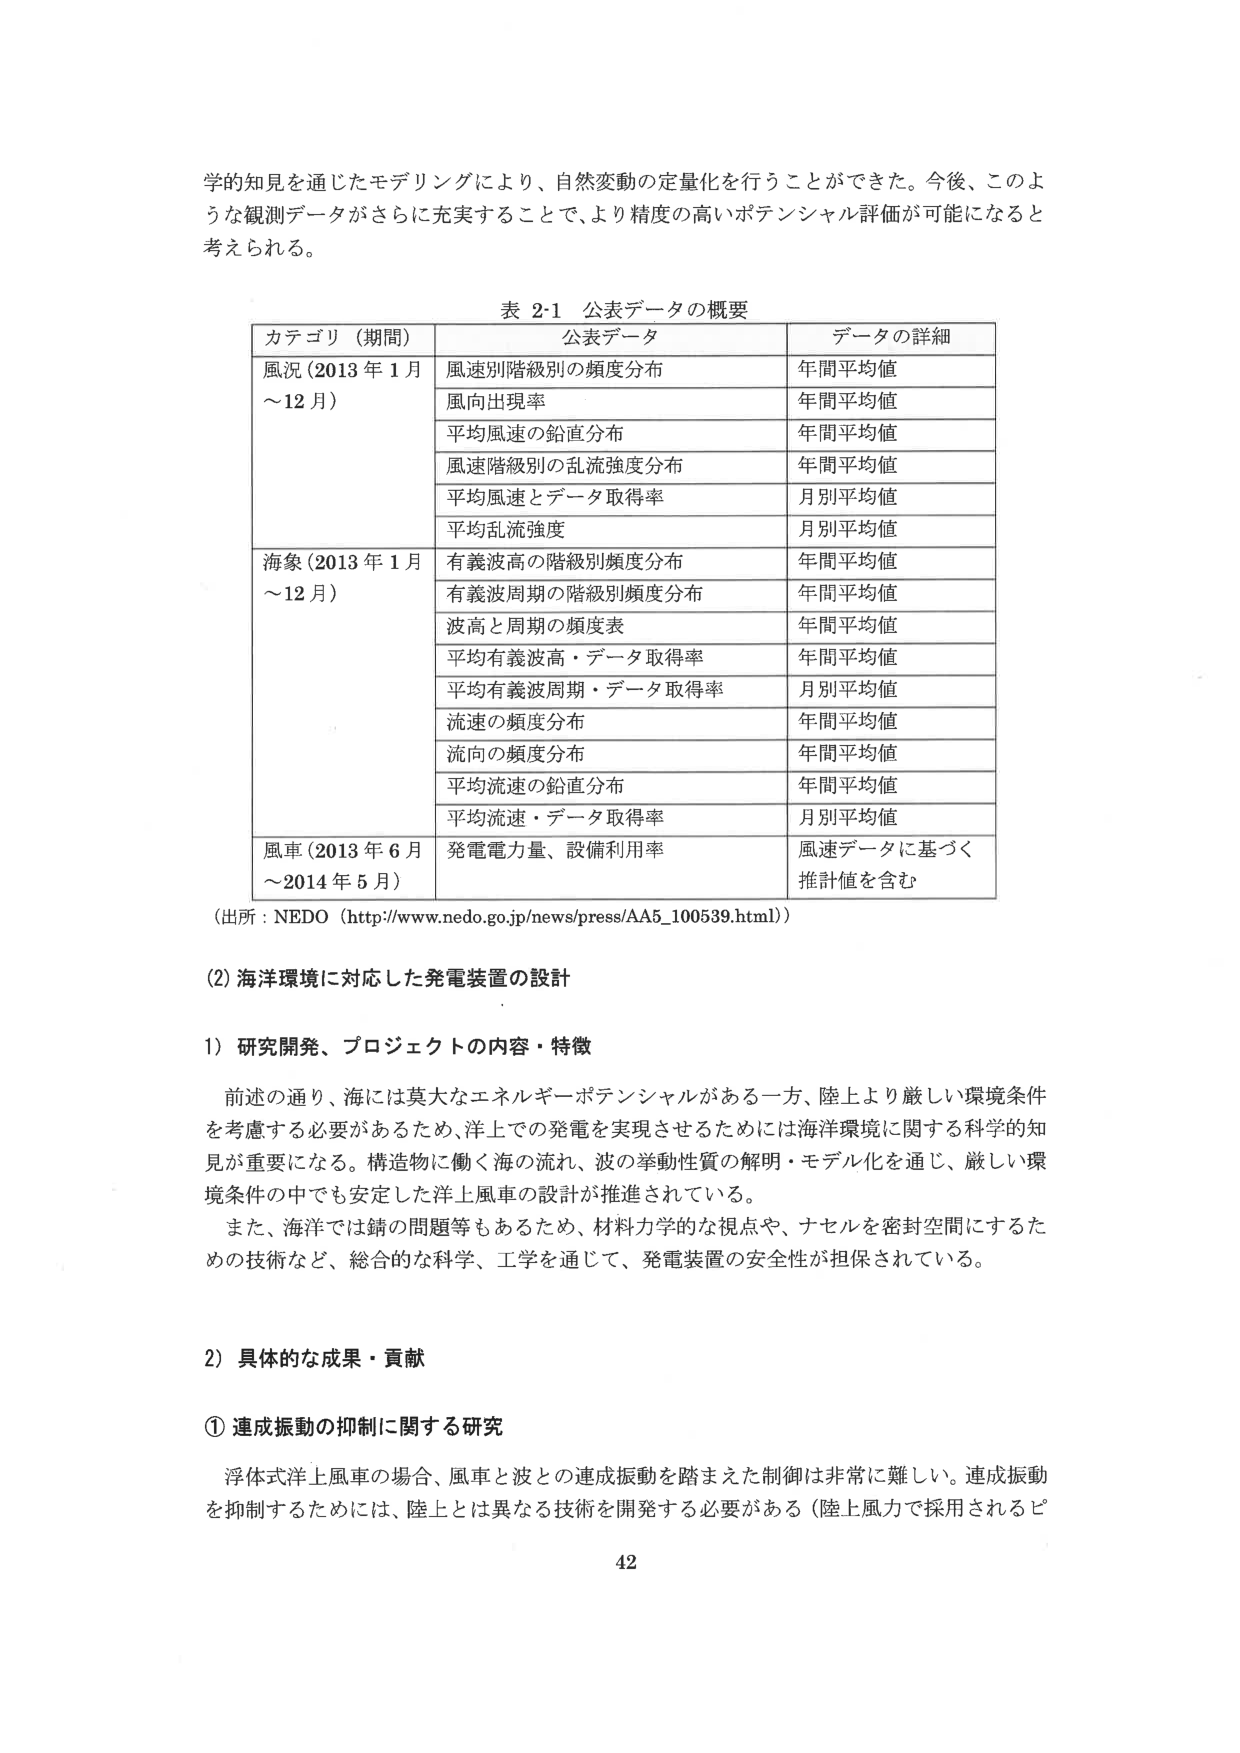
学的知見を通じたモデリングにより、自然変動の定量化を行うことができた。今後、このような観測データがさらに充実することで、より精度の高いポテンシャル評価が可能になると考えられる。

表 2-1 公表データの概要

カテゴリ（期間） 公表データ データの詳細
風況（2013年1月～12月） 風速別階級別の頻度分布 年間平均値
風向出現率 年間平均値
平均風速の鉛直分布 年間平均値
風速階級別の乱流強度分布 年間平均値
平均風速とデータ取得率 月別平均値
平均乱流強度 月別平均値
海象（2013年1月～12月） 有義波高の階級別頻度分布 年間平均値
有義波周期の階級別頻度分布 年間平均値
波高と周期の頻度表 年間平均値
平均有義波高・データ取得率 年間平均値
平均有義波周期・データ取得率 月別平均値
流速の頻度分布 年間平均値
流向の頻度分布 年間平均値
平均流速の鉛直分布 年間平均値
平均流速・データ取得率 月別平均値
風車（2013年6月～2014年5月） 発電電力量、設備利用率 風速データに基づく推計値を含む

（出所：NEDO（http://www.nedo.go.jp/news/press/AA5_100539.html））

(2) 海洋環境に対応した発電装置の設計

1) 研究開発、プロジェクトの内容・特徴

前述の通り、海には莫大なエネルギーポテンシャルがある一方、陸上より厳しい環境条件を考慮する必要があるため、洋上での発電を実現させるためには海洋環境に関する科学的知見が重要になる。構造物に働く海の流れ、波の挙動性質の解明・モデル化を通じ、厳しい環境条件の中でも安定した洋上風車の設計が推進されている。

また、海洋では錆の問題等もあるため、材料力学的な視点や、ナセルを密封空間にするための技術など、総合的な科学、工学を通じて、発電装置の安全性が担保されている。

2) 具体的な成果・貢献

① 連成振動の抑制に関する研究

浮体式洋上風車の場合、風車と波との連成振動を踏まえた制御は非常に難しい。連成振動を抑制するためには、陸上とは異なる技術を開発する必要がある（陸上風力で採用されるピ

42